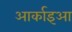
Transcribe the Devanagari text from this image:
आर्काइआ